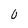
Character: 0